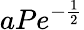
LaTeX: aPe^{-\frac{1}{2}}